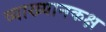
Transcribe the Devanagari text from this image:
व्याख्यानकक्ष